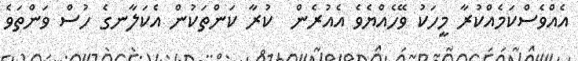
އެއްވެސްކަމެއްކުރާ މީހަކު ވޭހެއްޔެވެ އެއުރެން  ކުރާ ކަންތަކުން އެކަލާނގެ ހުސް ވަންތަވެ